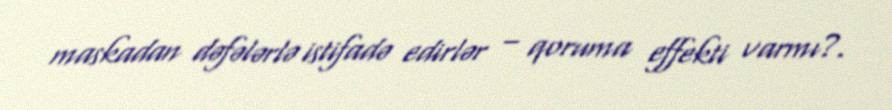
maskadan dəfələrlə istifadə edirlər – qoruma effekti varmı?.